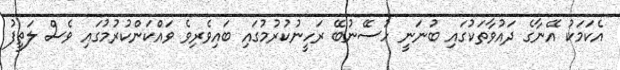
އެކަމަކު އޭނާގެ ދައުވާތަކުގައި ބުނަނީ ހުސޭނުބޭ ރަހީނުކުރުމުގައި ބައިވެރިވެ ވައްކަންކުރުމުގައި ވެސް ލަތީފު